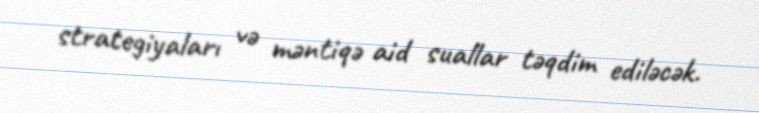
strategiyaları və məntiqə aid suallar təqdim ediləcək.